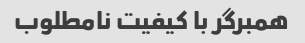
همبرگر با کیفیت نامطلوب